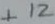
Text: +12